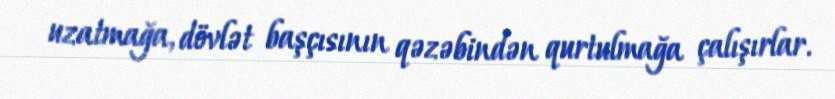
uzatmağa, dövlət başçısının qəzəbindən qurtulmağa çalışırlar.